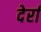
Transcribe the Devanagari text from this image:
देर्रा